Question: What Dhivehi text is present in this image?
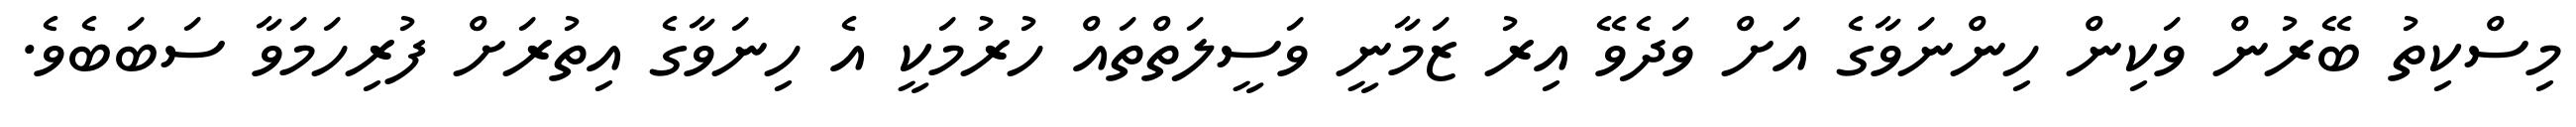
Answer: މިސްކިތު ބޭރުން ވަކިން ހިންނަވާގެ އަށް ވަދެވޭ އިރު ޒަމާނީ ވަސީލަތްތައް ހުރުމަކީ އެ ހިނަވާގެ އިތުރަށް ފުރިހަމަވާ ސަބަބެވެ.